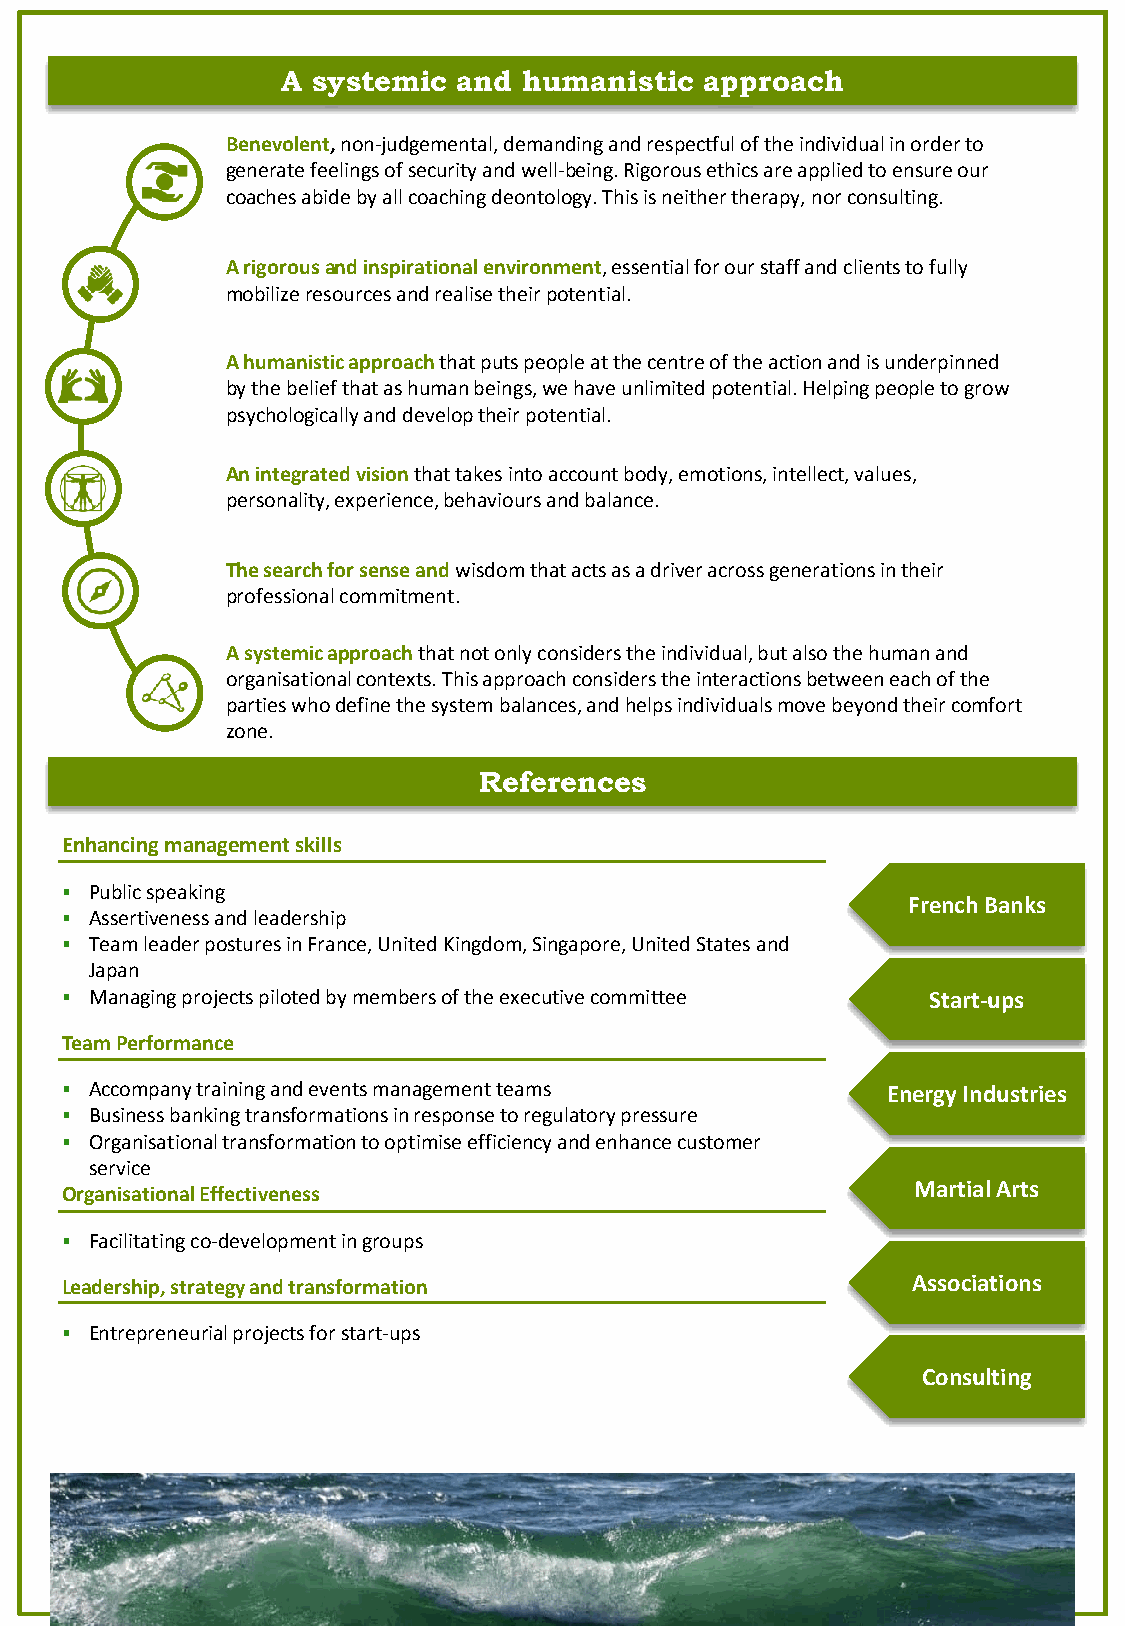
A systemic and  humanistic  approach
 Benevolent,non-judgemental, demanding and respectful of the individual in order to
 generate feelings of security and well-being. Rigorous ethics are applied to ensure our
 coaches abide by all coaching deontology. This is neither therapy, nor consulting.
 A rigorous and inspirational environment, essential for our staff and clients to fully
 mobilize resources and realise their potential.
 A humanistic approach that puts people at the centre of the action and is underpinned
 by the belief that as human beings, we have unlimited potential. Helping people to grow
 psychologically and develop their potential.
 An integrated vision that takes into account body, emotions, intellect, values,
 personality, experience, behaviours and balance.
 The search for sense and wisdom that acts as a driver across generations in their
 professional commitment.
 A systemic approach that not only considers the individual, but also the human and
 organisational contexts. This approach considers the interactions between each of the
 parties who define the system balances, and helps individuals move beyond their comfort
 zone.
 References
 Enhancing management skills
 ▪ Public speaking
 French Banks
 ▪ Assertiveness and leadership
 ▪ Team leader postures in France, United Kingdom, Singapore, United States and
 Japan
 ▪ Managing projects piloted by members of the executive committee Start-ups
 Team Performance
 ▪ Accompany training and events management teams       Energy Industries
 ▪ Business banking transformations in response to regulatory pressure
 ▪ Organisational transformation to optimise efficiency and enhance customer
 service
 Martial Arts
 Organisational Effectiveness
 ▪ Facilitating co-development in groups
 Leadership, strategy and transformation                 Associations
 ▪ Entrepreneurial projects for start-ups
 Consulting